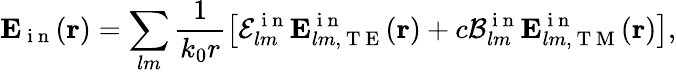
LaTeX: \boldsymbol{\mathbf{E}}_{\mathrm{~i~n~}}(\boldsymbol{\mathbf{r}})=\sum_{lm}\frac{1}{k_{0}r}\left[\mathcal{E}_{lm}^{\mathrm{~i~n~}}\boldsymbol{\mathbf{E}}_{lm,\mathrm{~T~E~}}^{\mathrm{~i~n~}}(\boldsymbol{\mathbf{r}})+c\mathcal{B}_{lm}^{\mathrm{~i~n~}}\boldsymbol{\mathbf{E}}_{lm,\mathrm{~T~M~}}^{\mathrm{~i~n~}}(\boldsymbol{\mathbf{r}})\right],